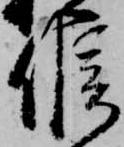
候